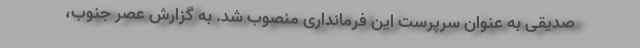
صدیقی به عنوان سرپرست این فرمانداری منصوب شد. به گزارش عصر جنوب،